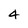
Character: 4